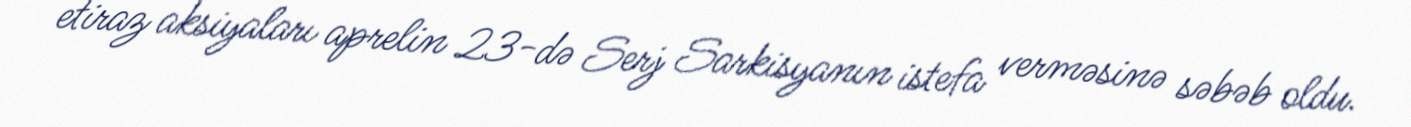
etiraz aksiyaları aprelin 23-də Serj Sarkisyanın istefa verməsinə səbəb oldu.